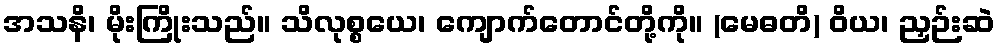
အသနိ၊ မိုးကြိုးသည်။ သိလုစ္စယေ၊ ကျောက်တောင်တို့ကို။ (မေဓတိ) ဝိယ၊ ညှဉ်းဆဲ